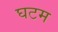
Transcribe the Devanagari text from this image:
घटम